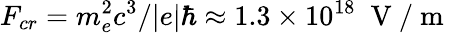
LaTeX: F_{cr}=m_{e}^{2}c^{3}/|e|\hbar\approx 1.3\times 10^{18}\; \mathrm{~V~/~m~}